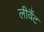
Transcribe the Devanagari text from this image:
लीवैंट